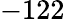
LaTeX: -122